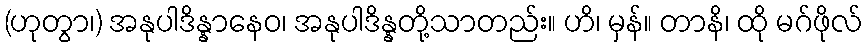
(ဟုတွာ၊) အနုပါဒိန္နာနေဝ၊ အနုပါဒိန္နတို့သာတည်း။ ဟိ၊ မှန်။ တာနိ၊ ထို မဂ်ဖိုလ်